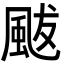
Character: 颰